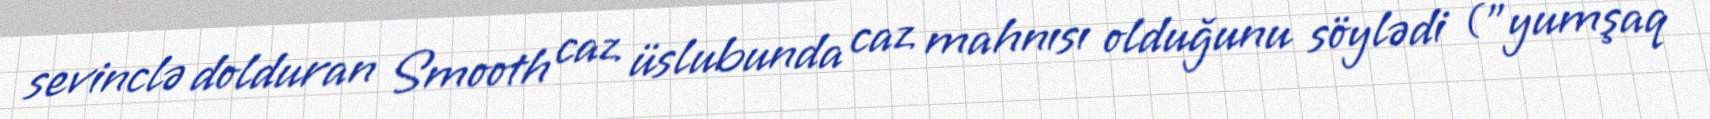
sevinclə dolduran Smooth caz üslubunda caz mahnısı olduğunu söylədi ("yumşaq